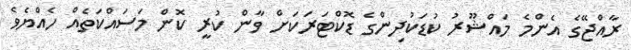
ރާއްޖޭގެ އެންމެ މައްޝޫރު ކުޑަކުދިންގެ ޑޮކްޓަރަކަށް ވާން ކުރީ ކޮން މަސައްކަތެއް ހެއްޔެވެ